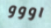
اووو